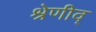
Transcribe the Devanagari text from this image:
श्रेणीव्